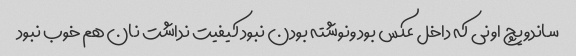
ساندویچ اونی که داخل عکس بود ونوشته بودن نبود کیفیت نداشت نان هم خوب نبود